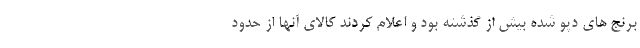
برنج های دپو شده بیش از گذشته بود و اعلام کردند کالای آنها از حدود